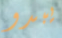
يبدو